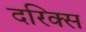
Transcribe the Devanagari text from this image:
दरिक्स